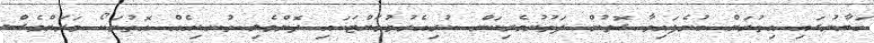
ބަޔާނުގައި އިތުރަށް ބުނެފައިވާ ގޮތުން ފަތުރުވެރިކަން ކުރިއެރުވުމަށްޓަކައި ދޮންވެލި ތުނޑިއެއް އޮތުމަކޯ ވަރަށްވެސް